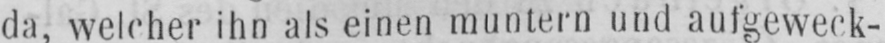
da, welcher ihn als einen muntern und aufgeweck-